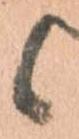
候